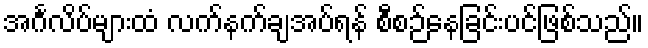
အင်္ဂလိပ်များထံ လက်နက်ချအပ်ရန် စီစဉ်နေခြင်းပင်ဖြစ်သည်။